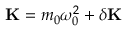
\mathbf { K } = m _ { 0 } \omega _ { 0 } ^ { 2 } + \delta \mathbf { K }